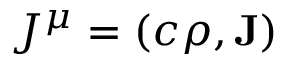
J ^ { \mu } = \left( c \rho , \mathbf { J } \right)